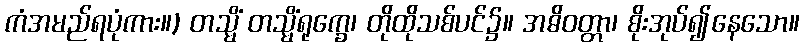
ကံအမည်ရပုံကား။) တသ္မိံ တသ္မိံရုက္ခေ၊ တိုထိုသစ်ပင်၌။ အဓိဝတ္တာ၊ စိုးအုပ်၍နေသော။